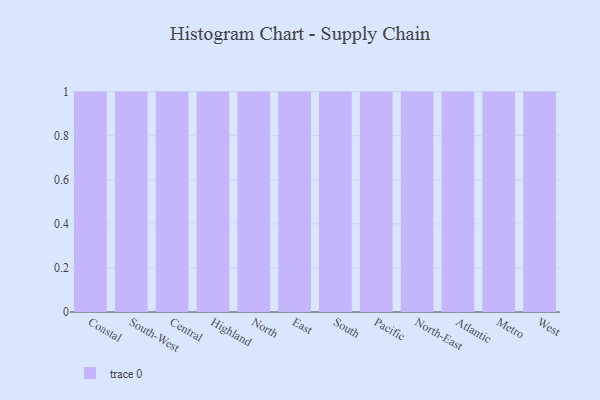
{"axis": {"x": "Region", "y": "Website Visitors"}, "legend": [""], "data": [{"x": "Coastal", "y": 65, "type": ""}, {"x": "South-West", "y": 94, "type": ""}, {"x": "Central", "y": 90, "type": ""}, {"x": "Highland", "y": 34, "type": ""}, {"x": "North", "y": 91, "type": ""}, {"x": "East", "y": 63, "type": ""}, {"x": "South", "y": 18, "type": ""}, {"x": "Pacific", "y": 59, "type": ""}, {"x": "North-East", "y": 5, "type": ""}, {"x": "Atlantic", "y": 40, "type": ""}, {"x": "Metro", "y": 71, "type": ""}, {"x": "West", "y": 79, "type": ""}]}